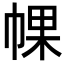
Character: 𢃦